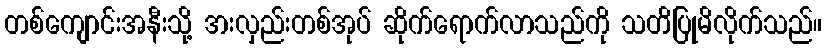
တစ်ကျောင်းအနီးသို့ ဒားလှည်းတစ်အုပ် ဆိုက်ရောက်လာသည်ကို သတိပြုမိလိုက်သည်။